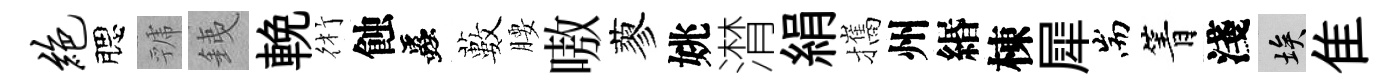
绝腮虢銕輓術蝕蟲藪腰嗷蓼姚潸絹攜州緡棟犀耑箐淺埃隹